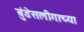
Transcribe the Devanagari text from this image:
बुंडेसलीगाच्या